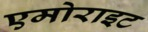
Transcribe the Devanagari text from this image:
एमोराइट